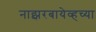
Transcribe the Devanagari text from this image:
नाझरबायेव्हच्या